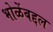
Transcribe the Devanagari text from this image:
भोळेंबद्दल